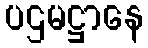
ပဌမဋ္ဌာနေ